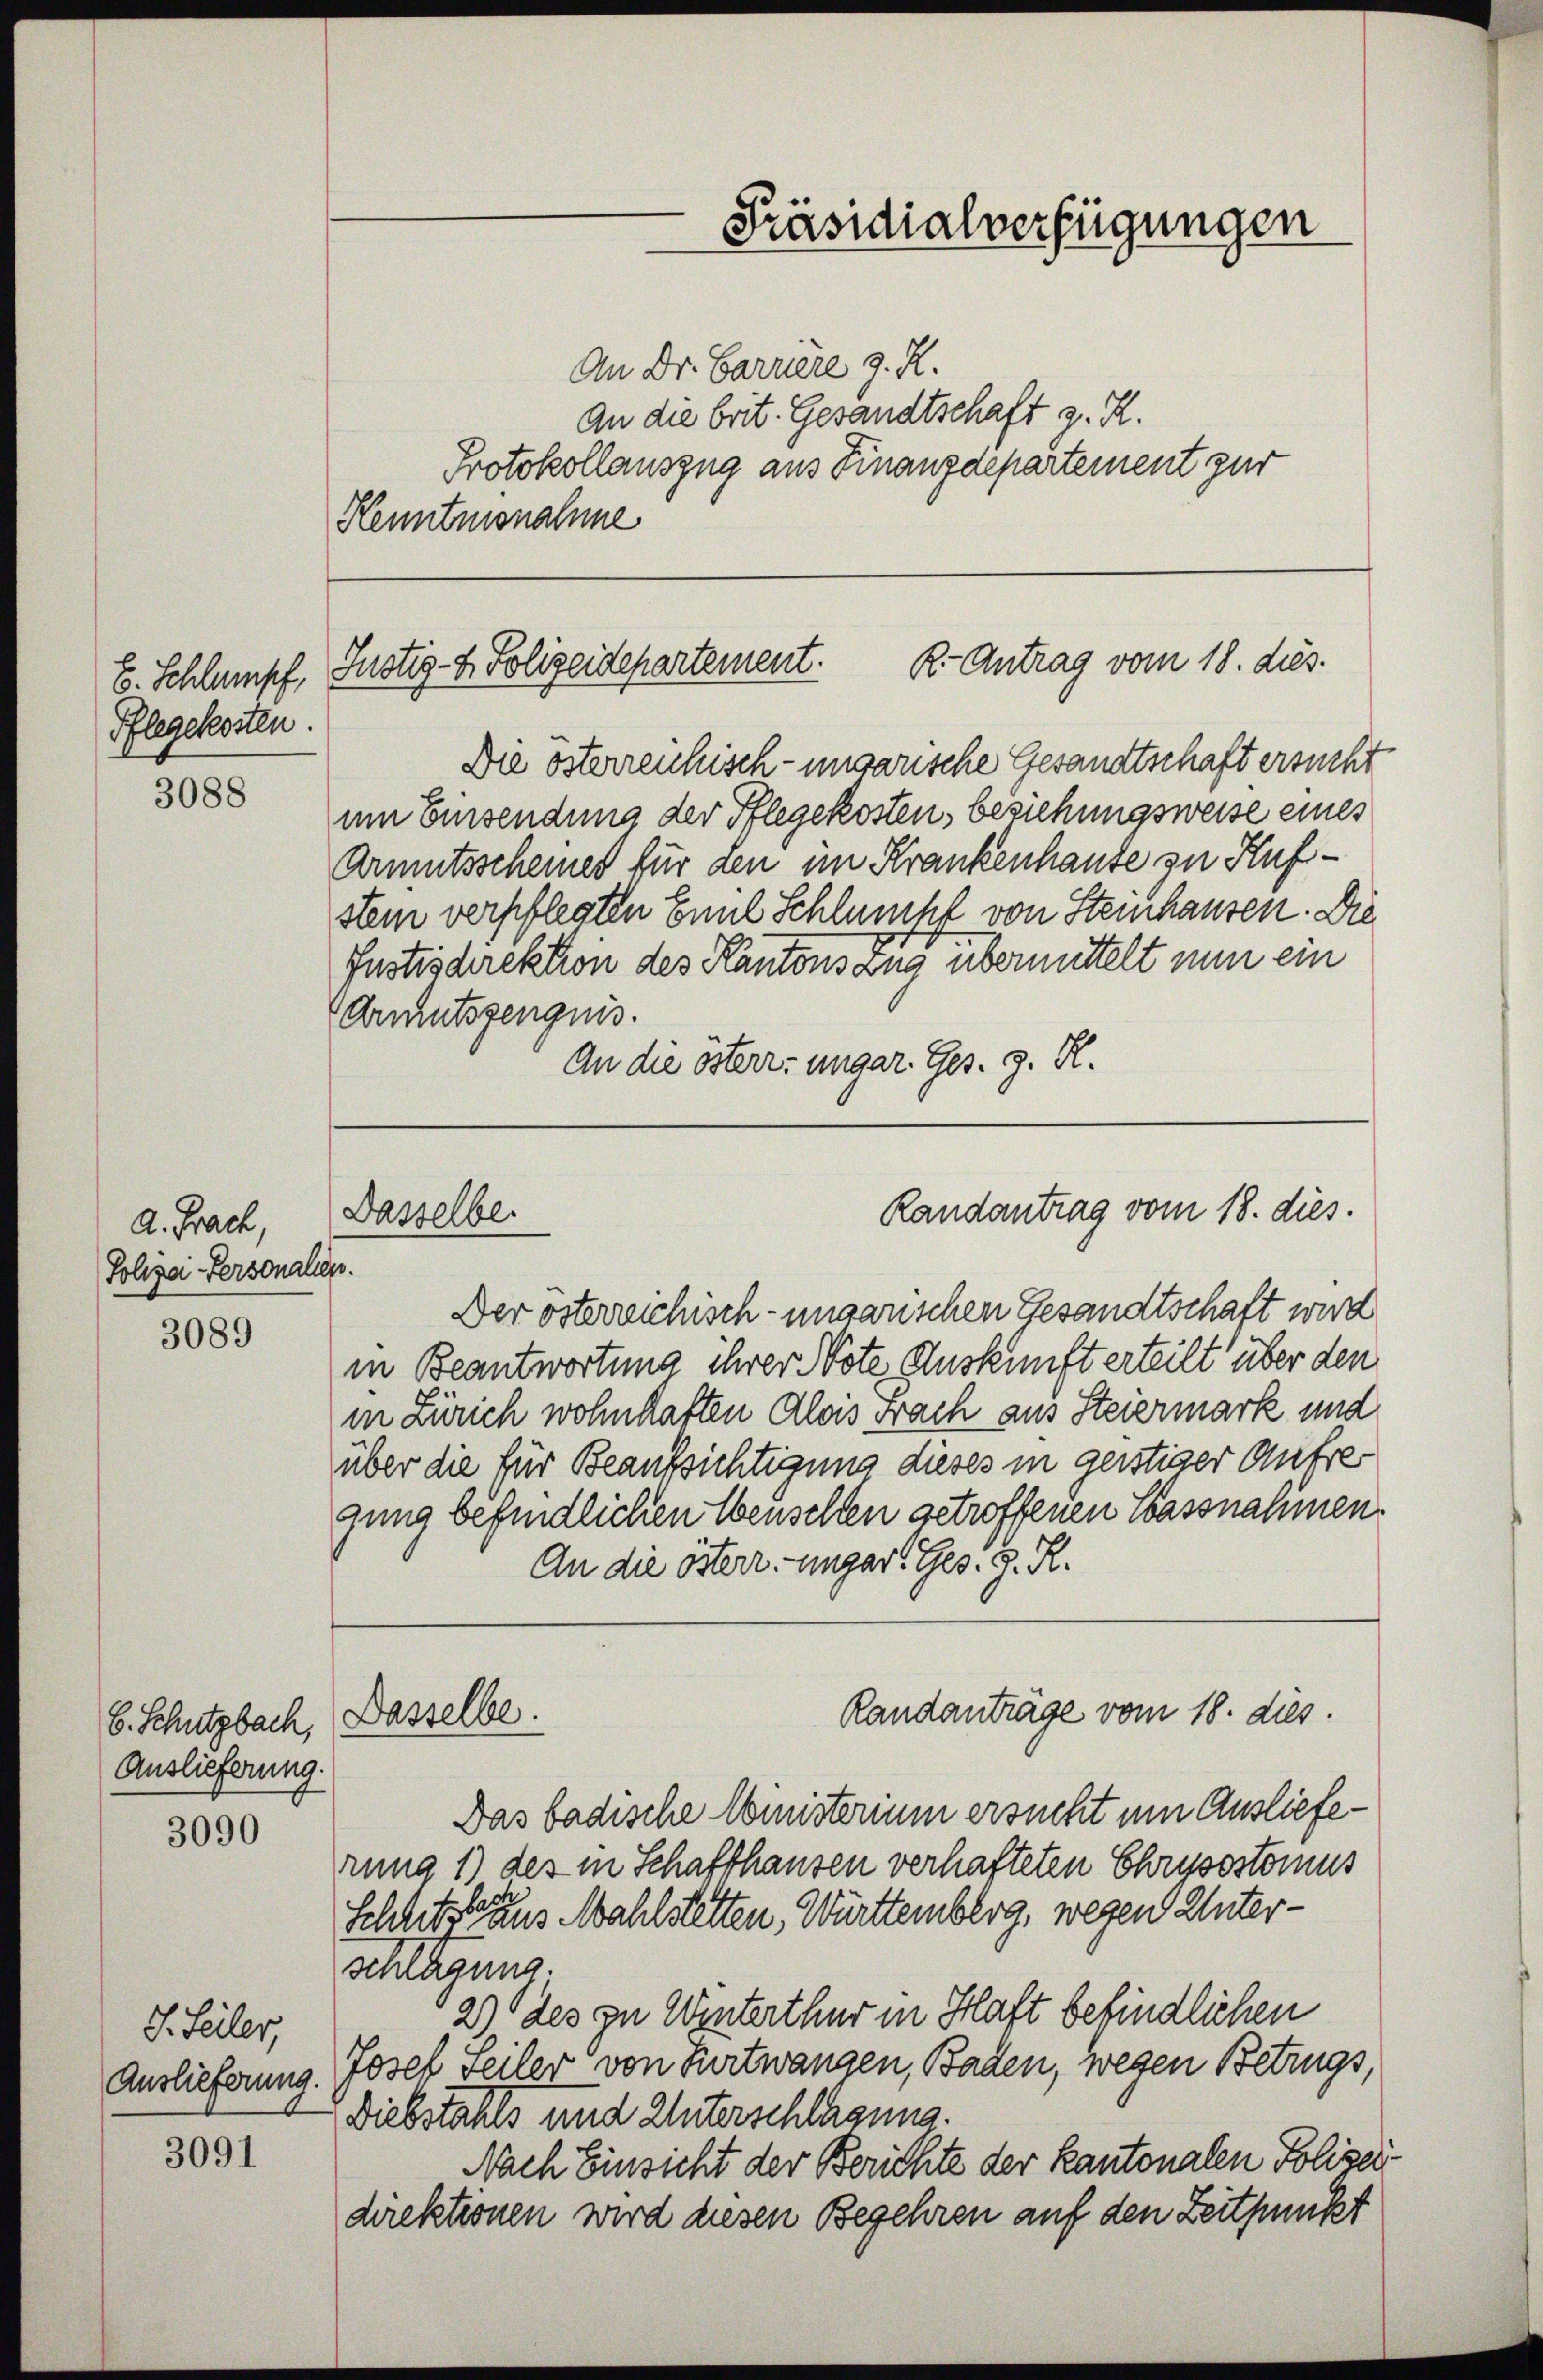
Pflegekosten.

3088

A. Frach,
Polizei-Personalen.

3089

6. Schutzbach, Dasselbe.
Auslieferung

3090

J. Feiler,
Auslieferung.

3091

An Dr. Barriere z. R.
An die brit. Gesandtschaft z. R.
Protokollauszug aus Finanzdepartement zur
Kenntnisnahme

E. Schlumpf, Justiz- & Polizeidepartement. R.- Antrag vom 18. dies.

Die österreichisch-ungarische Gesandtschaft ersucht
um Einsendung der Pflegekosten, beziehungsweise eines
Armutsscheines für den im Krankenhause zu Hufstem verpflegten Emil Schlumpf von Steinhausen. Die
Justischrektion des Kantonszug übermittelt nun ein
Armutszeugnis.
An die österr. ungar. Ges. z. R.

Dasselbe.

Präsidialverfügungen

Randantrag vom 18. dies.

Der österreichisch-ungarischen Gesandtschaft wird
in Beantwortung ihrer Note Auskunft erteilt über den
in Zürich wohnhaften Alois Frach aus Steiermark und
über die für Beaufsichtigung dieses in geistiger Aufregung befindlichen Wenselten getroffenen Sassnahmen.
An die österr. ungar. Ges. z. R.
Randanträge vom 18. dies.
Das badische Ministerium ersucht um Auslieferung 1) des in Schaffhausen verhafteten Chrysostomus
Schlitz der aus Mahlstetten, Württemberg, wegen Untersenlagung.
2) des zu Winterthur in Haft befindlichen
Josef Seiler von Hurtwangen, Baden, wegen Betrugs,
Diebstahls und Unterschlagung.
Nach Einsicht der Berichte der Kantonalen Polizeidirektionen wird diesen Begehren auf den Zeitpunkt